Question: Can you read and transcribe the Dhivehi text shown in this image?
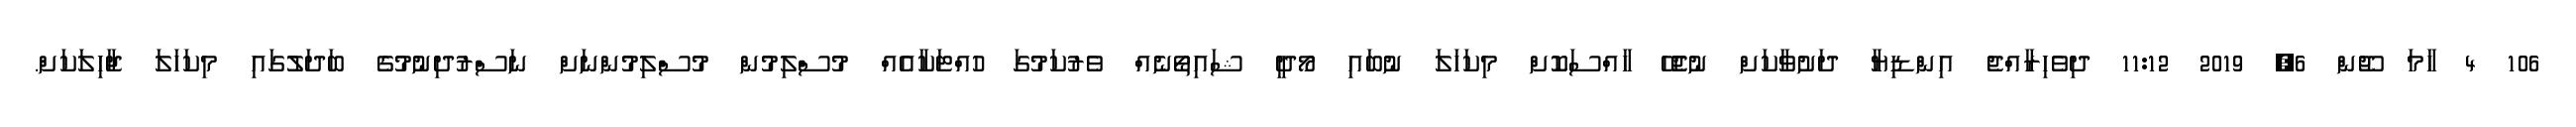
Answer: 106 4 ހާމަ ޖޫން 6, 2019 11:12 ދިވެހިރާއްޖެ އިންޑިޔާ ދަށުވާކަށް ނުޖެހޭ ހާއްސަކޮށް މިކަހަލަ ނުބައި މޯދީ ޝައިތޯނެއް ވެރުކަމުގަ ހުއްޓަކާއެއް މުސްލިމުން މުސްލިމުންނަށް ނަސްރުދިނުމުގެ ބަދަލުގައި މިކަހަލަ ޖާހިލަކަށް.